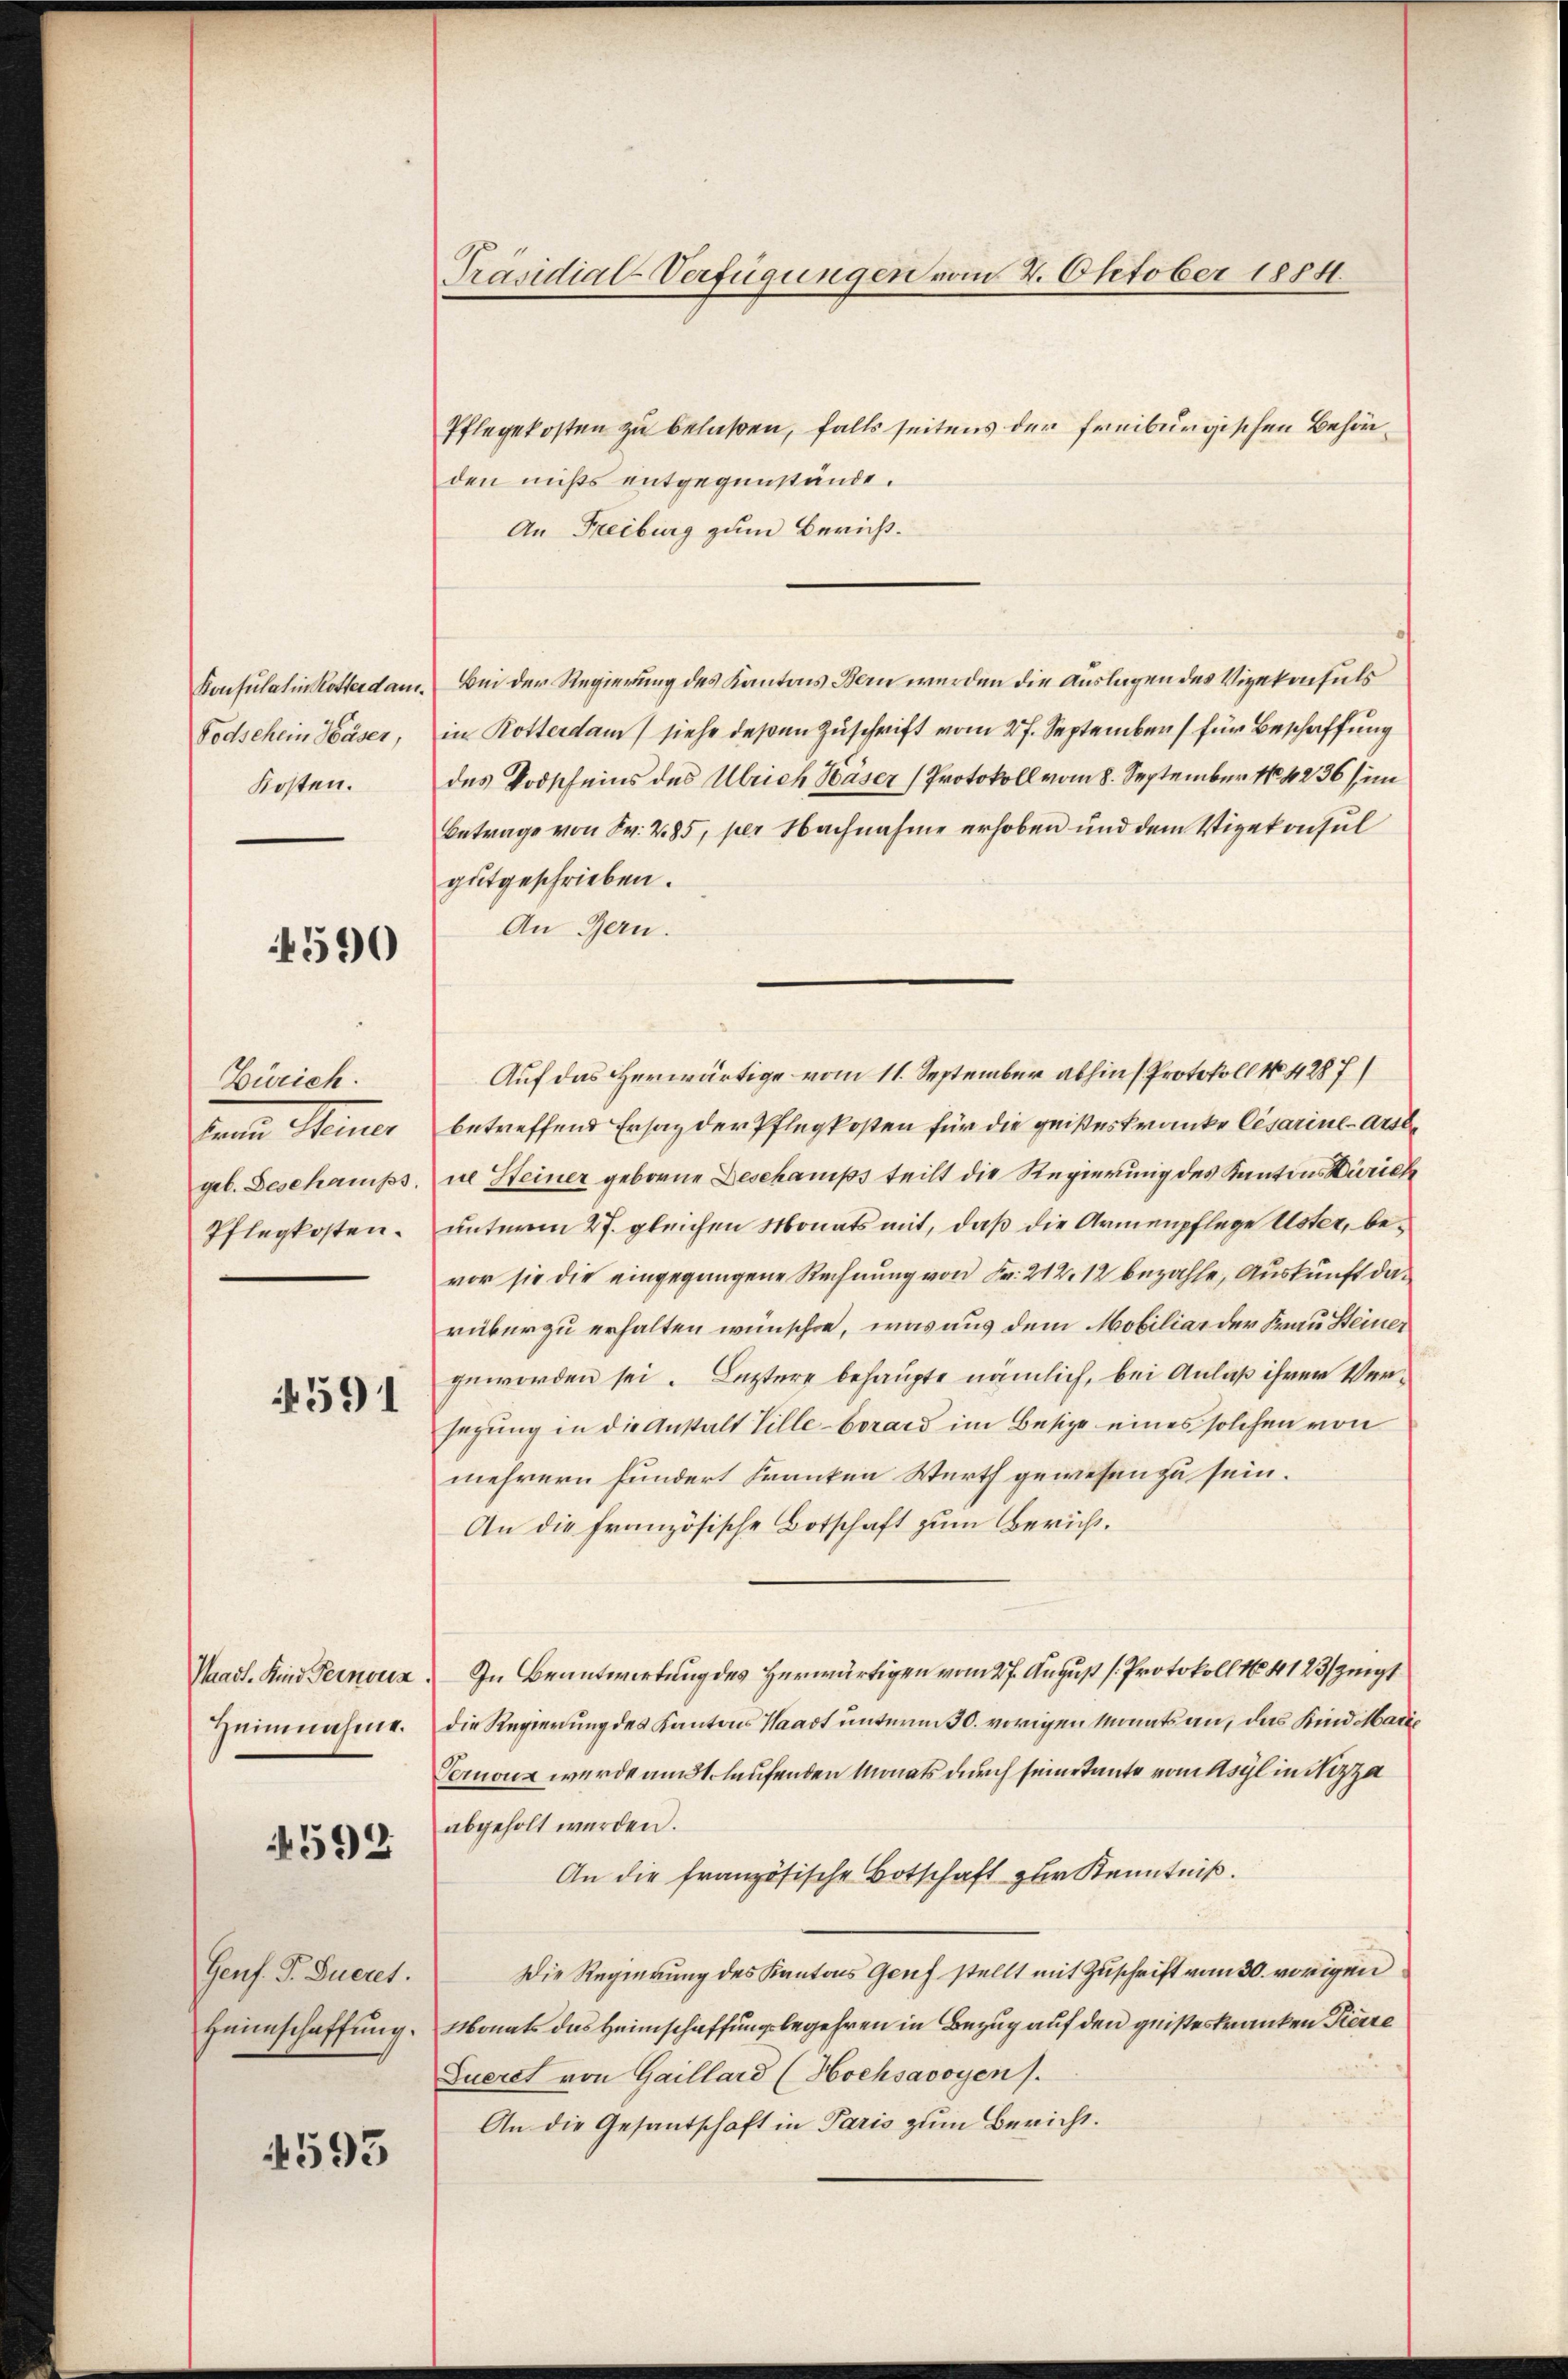
Konsulatin Kosterdam.
Todschein Käser,
Kosten.

4590

Zürich.
Tanten Steiner
geb. Beschaniss.
Pflegkosten.

4591

Mast. Kind Pernouz
Heimnahme.

4592.

Genf. F. Sucret.
Heimschaffung.

4593

Präsidial-Verfügungen vom 2. Oktober 1884.

Pflegekosten zu belaßen, falls seitens der freiburgischen Behöriden nichts entgegenstände.
An Freiburg zum Bericht.
Bei der Regierung des Kantons Bern werden die Auslagen des Vizekonsuls
in Rotterdam siehe deßen Zuschrift vom 27. September für Beschaffung
des Todscheins des Ulrich Baser (Protokoll vom 8. September 14236 im
Betrage von Fr. 285, per Nachnahme erhoben und dem Vizekonsul
gutgeschrieben.
An Gern.
Auf das erwärtige vom 11. September abhin (Protokoll No 4287)
betreffend Ersatz der Pflegkosten für die geisteskranke Cesarine-arste
ue Steiner geborne Beschanips teilt die Regierung des Kantons Zürich
unterm 27. gleichen Monats mit, daß die Armenpflege Uster, bevor sie die eingegangene Rechnung von Fr. 212. 12 bezahle, Auskunft darüber zu erhalten wünschen, was aus dem Mobiliar der Frau Steiner
geworden sei. Letztere behaupte nämlich, bei Anlaß ihrer Versegung in die Anstalt Ville berard im Besize eines solchen von
mehrern hundert Franken Werth gewesen zu sein.
An die französische Botschaft zum Bericht¬
In Beantwortung des Herwärtigen vom 27. August [Protokoll No 4123/ zeigt
die Regierung des Kantons Waadt unterm 30. vorigen Monats an, das Kind Marie
Pernouz wurde am 31. laufenden Monats durch seine Tante vom Asyl in Stizza
abgeholt werden.
An die französische Botschaft zur Kenntniß.
Die Regierung des Kantons Genf stellt mit Zuschrift vom 30. vorigen
Monats das Heimschaffungsbegehren in Bezug auf den geisteskranken Tierre
Eueret von Gaillard (Hochsavoyen.
An die Gesantschaft in Paris zum Bericht.